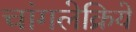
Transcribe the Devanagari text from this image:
चांगलेक्रिये